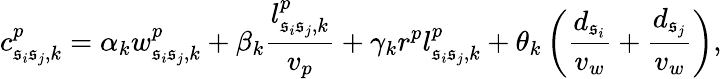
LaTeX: c_{\mathfrak{s}_{i}\mathfrak{s}_{j},k}^{p}=\alpha_{k}w_{\mathfrak{s}_{i}\mathfrak{s}_{j},k}^{p}+\beta_{k}\frac{{l_{\mathfrak{s}_{i}\mathfrak{s}_{j},k}^{p}}}{{v_{p}}}+\gamma_{k}r^{p}l_{\mathfrak{s}_{i}\mathfrak{s}_{j},k}^{p}+\theta_{k}\left(\frac{{d_{\mathfrak{s}_{i}}}}{{v_{w}}}+\frac{{d_{\mathfrak{s}_{j}}}}{{v_{w}}}\right),